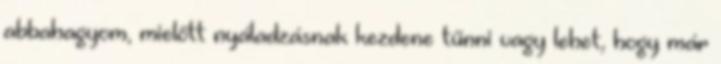
abbahagyom, mielőtt nyáladzásnak kezdene tűnni vagy lehet, hogy már